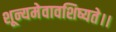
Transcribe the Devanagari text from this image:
शून्यमेवावशिष्यते।।